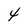
Character: 4